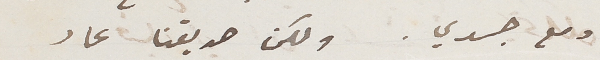
ومع جسدي . ولكن صديقنا عاد